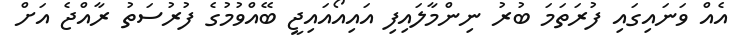
އެއް ވަނައިގައި ފުރަތަމަ ބުރު ނިންމާލައިފި އައިއޯއައިޖީ ބޭއްވުމުގެ ފުރުސަތު ރާއްޖެ އަށް